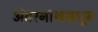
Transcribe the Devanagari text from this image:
अंबरनाथमधून